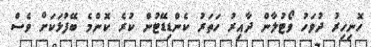
ހޮނިހިރު ދުވަހު ވޯޓުލާން ދާއިރު ހަތަރު ކެންޑިޑޭޓުން ކުރެ ކޮންމެ ބޭފުޅަކަށް ވެސް